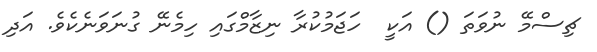
ޗިސްމޭ ނުވަތަ () އަކީ  ހަޖަމުކުރާ ނިޒާމްގައި ހިމެނޭ ގުނަވަނެކެވެ. އަދި